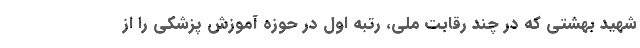
شهید بهشتی که در چند رقابت ملی، رتبه اول در حوزه آموزش پزشکی را از